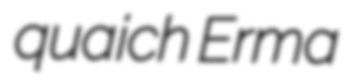
quaich Erma